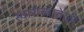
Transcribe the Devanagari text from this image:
स्वारीच्यावेळी